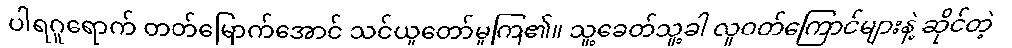
ပါရဂူရောက် တတ်မြောက်အောင် သင်ယူတော်မူကြ၏။ သူ့ခေတ်သူ့ခါ လူဝတ်ကြောင်များနဲ့ ဆိုင်တဲ့